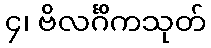
၄၊ ဗိလင်္ဂိကသုတ်